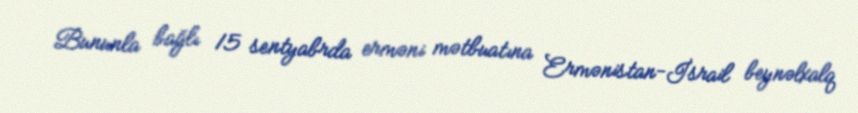
Bununla bağlı 15 sentyabrda erməni mətbuatına Ermənistan-İsrail beynəlxalq